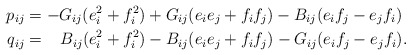
\begin{align*}p_{ij} &= -G_{ij}(e_i^2+f_i^2) + G_{ij}(e_ie_j+f_if_j) -B_{ij}(e_if_j-e_jf_i) \\q_{ij} &= \ \ \,B_{ij}(e_i^2+f_i^2) - B_{ij}(e_ie_j+f_if_j) - G_{ij}(e_if_j-e_jf_i).\end{align*}